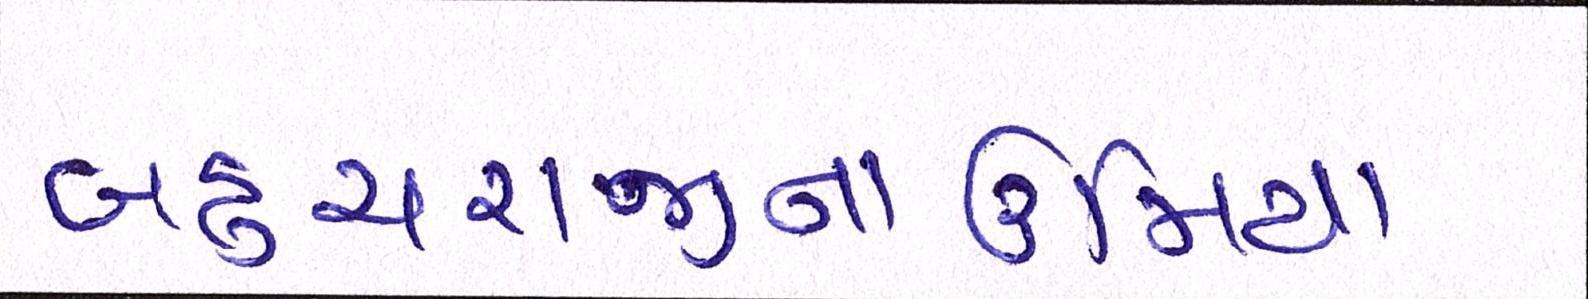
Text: બહુચરાજીનાઉમિયા